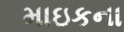
માઇકના